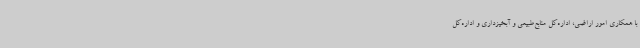
با همکاری امور اراضی، اداره‌کل منابع‌طبیعی و آبخیزداری و اداره‌کل